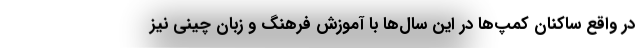
در واقع ساکنان کمپ‌ها در این سال‌ها با آموزش فرهنگ و زبان چینی نیز